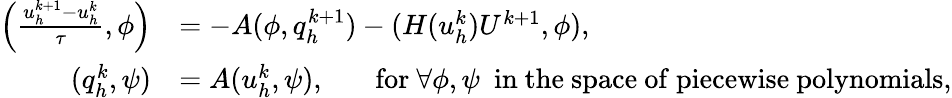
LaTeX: \begin{array}{rl}{\left(\frac{u_{h}^{k+1}-u_{h}^{k}}{\tau},\phi\right)}&{=-A(\phi,q_{h}^{k+1})-(H(u_{h}^{k})U^{k+1},\phi),}\\ {(q_{h}^{k},\psi)}&{=A(u_{h}^{k},\psi),~~~~~~~\mathrm{for}~\forall\phi,\psi~~\mathrm{in~the~space~of~piecewise~polynomials},}\end{array}